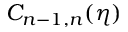
C _ { n - 1 , n } ( \eta )